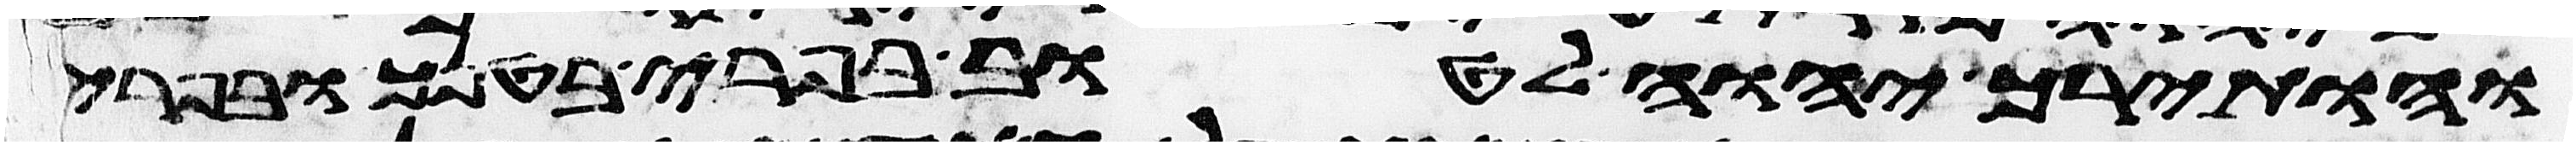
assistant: והותירך יהוה לטוב בפרי בטנך ובפרי